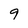
Character: 9